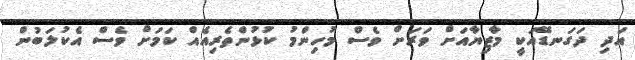
އަދި ދަގަނޑޭއަކީ މާޒިޔާއަށް ވަރަށް ވެސް މުހިންމު ކުޅުންތެރިއެއް ކަމަށް ވެސް އެކުލަބުން